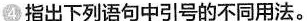
④指出下列语句中引号的不同用法。